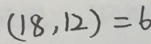
( 1 8 , 1 2 ) = 6